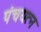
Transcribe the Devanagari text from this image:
पंचयत्न